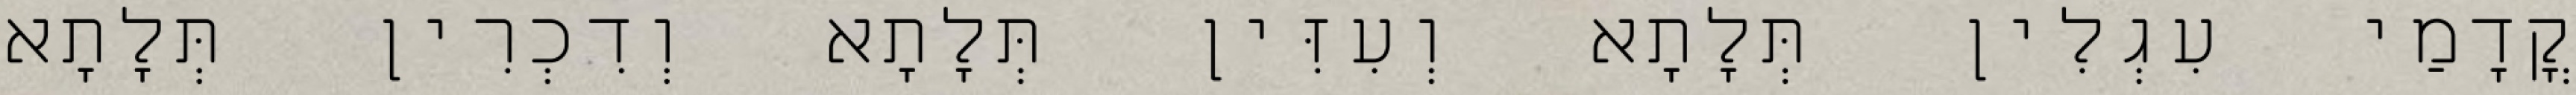
קֳדָמַי עִגְלִין תְּלָתָא וְעִזִּין תְּלָתָא וְדִכְרִין תְּלָתָא